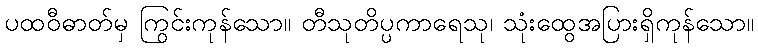
ပထဝီဓာတ်မှ ကြွင်းကုန်သော။ တီသုတိပ္ပကာရေသု၊ သုံးထွေအပြားရှိကုန်သော။